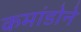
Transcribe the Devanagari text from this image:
कमांडोने